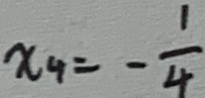
x _ { 4 } = - \frac { 1 } { 4 }